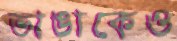
ভাঙাকেও